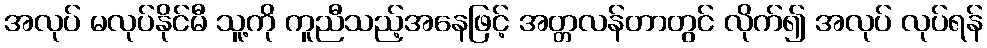
အလုပ် မလုပ်နိုင်မီ သူ့ကို ကူညီသည့်အနေဖြင့် အတ္တလန်တာတွင် လိုက်၍ အလုပ် လုပ်ရန်